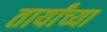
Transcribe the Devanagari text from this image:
तार्यांच्या